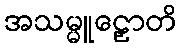
အသမ္မူဠှောတိ